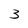
Character: 3